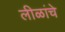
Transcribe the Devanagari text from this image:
लीळांचे